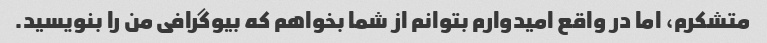
متشکرم، اما در واقع امیدوارم بتوانم از شما بخواهم که بیوگرافی من را بنویسید.